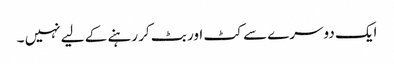
ایک دوسرے سے کٹ اور بٹ کر رہنے کے لیے نہیں ۔